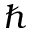
\hbar